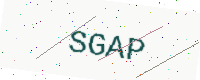
Text: SGAP